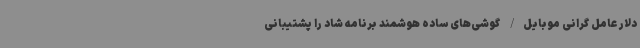
دلار عامل گرانی موبایل/ گوشی‌های ساده هوشمند برنامه شاد را پشتیبانی